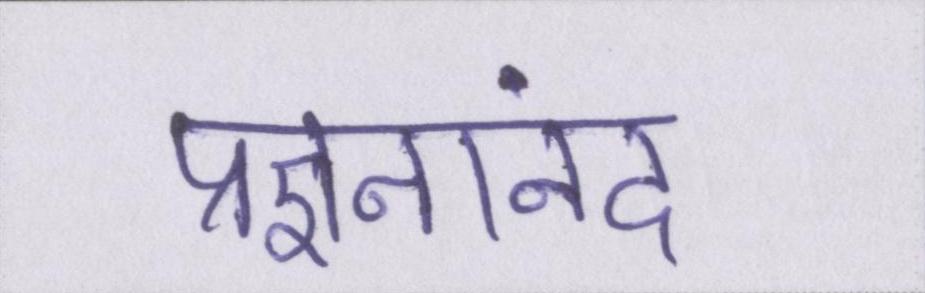
प्रज्ञनानंद